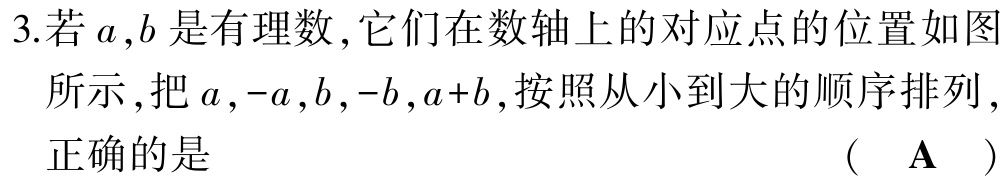
3.若\(a,b\)是有理数，它们在数轴上的对应点的位置如图所示，把\(a,-a,b,-b,a + b\)，按照从小到大的顺序排列，正确的是 （  A  ）